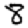
Digit: 8